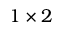
1 \times 2